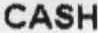
CASH